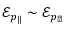
\mathcal { E } _ { p _ { \| } } \sim \mathcal { E } _ { p _ { \perp } }